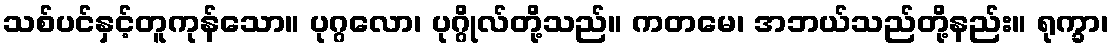
သစ်ပင်နှင့်တူကုန်သော။ ပုဂ္ဂလော၊ ပုဂ္ဂိုလ်တို့သည်။ ကတမေ၊ အဘယ်သည်တို့နည်း။ ရုက္ခာ၊